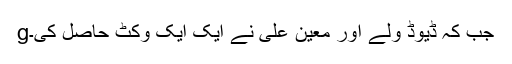
gجب کہ ڈیوڈ ولے اور معین علی نے ایک ایک وکٹ حاصل کی۔